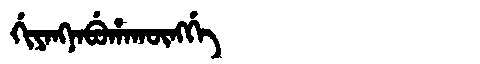
Manchu: ᡤᡳᠶᠠᠩᠨᠠᠪᡠᡥᠠᡴᡡᠩᡤᡝ
Romanization: GIYANGNABUHAKŪNGGE